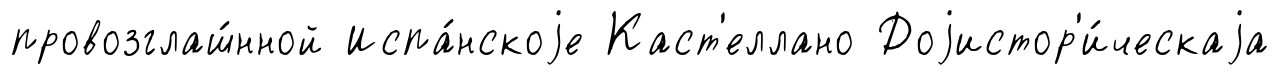
провозглаш́нной Испа́нскоjе Каст'еллано Доjистор'и́ческаjа